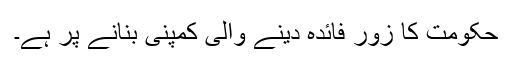
حکومت کا زور فائدہ دینے والی کمپنی بنانے پر ہے۔